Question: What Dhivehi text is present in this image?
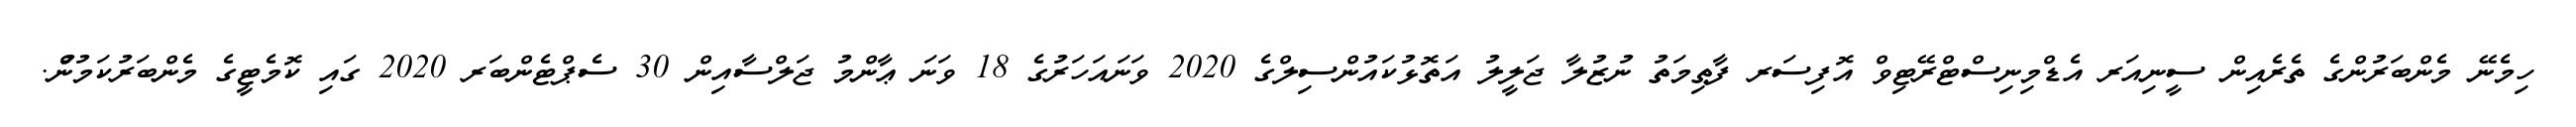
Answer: ހިމެނޭ މެންބަރުންގެ ތެރެއިން ސީނިއަރ އެޑްމިނިސްޓްރޭޓިވް އޮފިސަރ ފާޠިމަތު ނުޒުލާ ޖަލީލު އަތޮޅުކައުންސިލްގެ 2020 ވަނައަހަރުގެ 18 ވަނަ ޢާންމު ޖަލްސާއިން 30 ސެޕްޓެންބަރ 2020 ގައި ކޮމެޓީގެ މެންބަރުކަމުންުް.